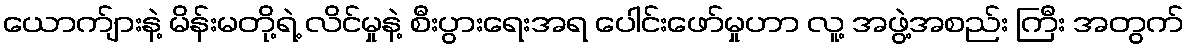
ယောက်ျားနဲ့ မိန်းမတို့ရဲ့ လိင်မှုနဲ့ စီးပွားရေးအရ ပေါင်းဖော်မှုဟာ လူ့ အဖွဲ့အစည်း ကြီး အတွက်